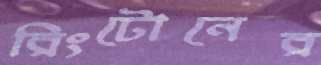
রিংটোনের